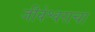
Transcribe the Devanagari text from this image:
जीवेश्वराचा